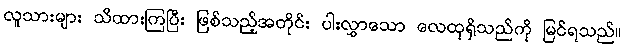
လူသားများ သိထားကြပြီး ဖြစ်သည့်အတိုင်း ပါးလွှာသော လေထုရှိသည်ကို မြင်ရသည်။